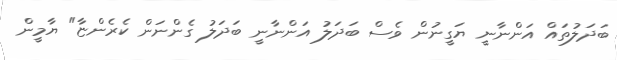
ބަދަލުތައް އަންނާނީ ޔަގީނުން ވެސް ބަދަލު އަންނާނީ ބަދަލު ގެންނަން ކެރެންޏާ" ޔާމީން